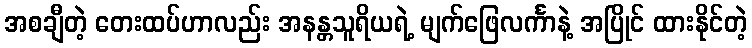
အစချီတဲ့ တေးထပ်ဟာလည်း အနန္တသူရိယရဲ့ မျက်ဖြေလင်္ကာနဲ့ အပြိုင် ထားနိုင်တဲ့